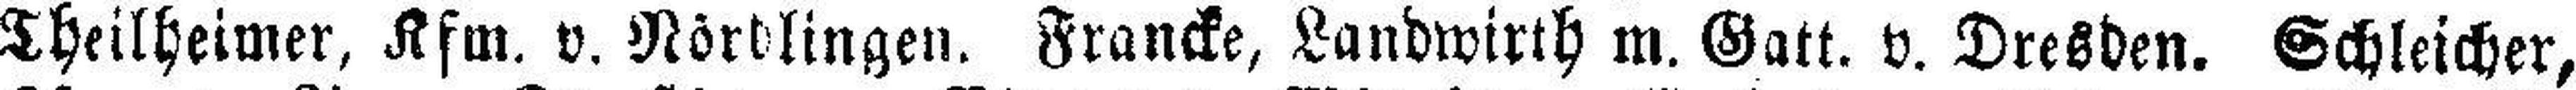
Theilheimer, Kfm. v. Nördlingen. Francke, Landwirth m. Gatt. v. Dresden. Schleicher,